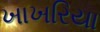
ખાખરિયા